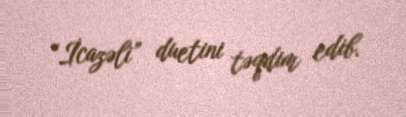
“İcazəli” duetini təqdim edib.